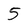
Character: 5